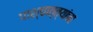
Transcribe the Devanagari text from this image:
पाश्चात्त्यांचा